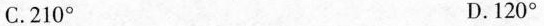
C. 210° D. 120°